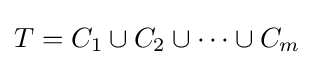
T=C_{1}\cup C_{2}\cup \cdots \cup C_{m}